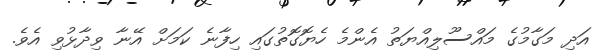
އަދި މަގާމުގެ މައްސޫލިއްޔަތު އެންމެ ހެޔޮގޮތުގައި ހިފާނެ ކަމަށް އޭނާ ވިދާޅުވި އެވެ.